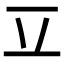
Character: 𰀆